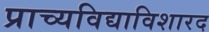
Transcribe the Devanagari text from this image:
प्राच्यविद्याविशारद